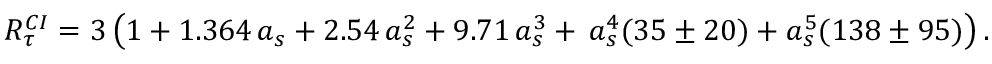
R _ { \tau } ^ { C I } = 3 \left( 1 + 1 . 3 6 4 \, a _ { s } + 2 . 5 4 \, a _ { s } ^ { 2 } + 9 . 7 1 \, a _ { s } ^ { 3 } + \, a _ { s } ^ { 4 } ( 3 5 \pm 2 0 ) + a _ { s } ^ { 5 } ( 1 3 8 \pm 9 5 ) \right) { } .